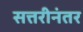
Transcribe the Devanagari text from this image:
सत्तरीनंतर